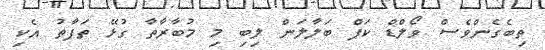
ތިބެގެންވެސް ވޯލްޑް ކަޕް ބަލާލަން ލިބި މި މުބާރާތާ ގުޅޭ ތަފާތު އެކި